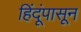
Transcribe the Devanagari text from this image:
हिंदूंपासून